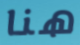
هنا